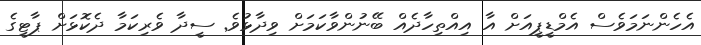
އެހެންނަމަވެސް އެމްޑީޕީއަށް އާ އިއްތިހާދެއް ބޭނުންވާކަމަށް ވިދާޅުވެ